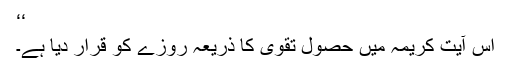
‘‘
اس آیتِ کریمہ میں حصولِ تقویٰ کا ذریعہ روزے کو قرار دیا ہے۔